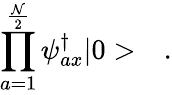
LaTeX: \prod_{a=1}^{\frac{\cal N}{2}}\psi_{ax}^{\dagger}|0>\quad.